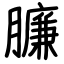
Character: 臁